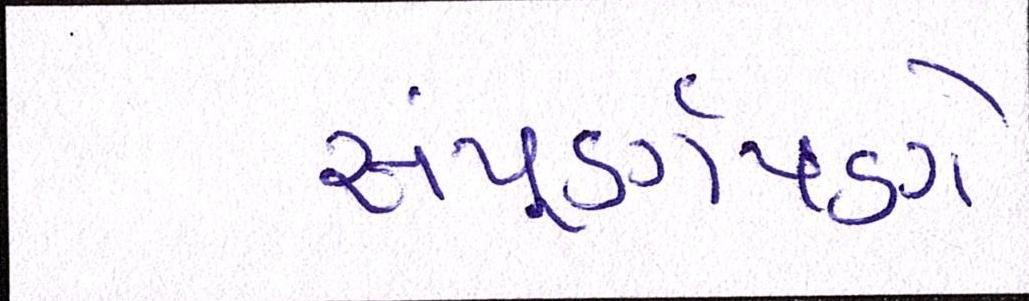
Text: સંપૂર્ણપણે